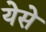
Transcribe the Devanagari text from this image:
येसे